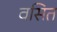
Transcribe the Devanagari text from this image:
वसित